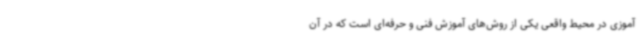
آموزی در محیط واقعی یکی از روش‌های آموزش فنی و حرفه‌ای است که در آن